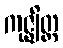
ကုဇ္ဈိတ္ထ